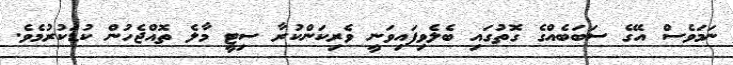
ނަމަވެސް އޭގެ ސަބަބެއްގެ ގޮތުގައި ބެލެވިފައިވަނީ ވެރިކަންކުރާ ސިޓީ މާލެ ތޮއްޖެހުން ކުޑަކުރުމެވެ.